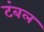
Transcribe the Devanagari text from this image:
टंबल